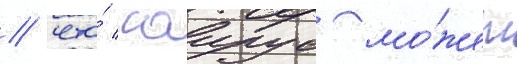
/ что́ саирус мо́жет